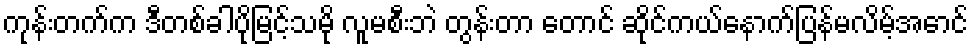
ကုန်းတက်က ဒီတစ်ခါပိုမြင့်သမို လူမစီးဘဲ တွန်းတာ တောင် ဆိုင်ကယ်နောက်ပြန်မလိမ့်အောင်